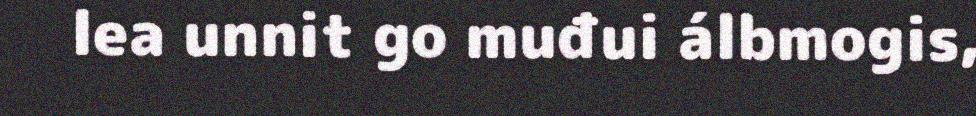
lea unnit go muđui álbmogis,